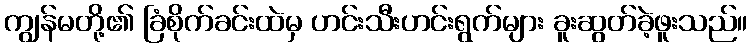
ကျွန်မတို့၏ ခြံစိုက်ခင်းထဲမှ ဟင်းသီးဟင်းရွက်များ ခူးဆွတ်ခဲ့ဖူးသည်။